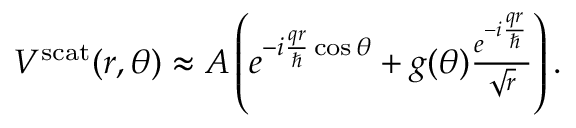
\begin{array} { r } { V ^ { \mathrm { s c a t } } ( r , \theta ) \approx A \left( e ^ { - i \frac { q r } { \hbar } \cos { \theta } } + g ( \theta ) \frac { e ^ { - i \frac { q r } { \hbar } } } { \sqrt { r } } \right) . } \end{array}